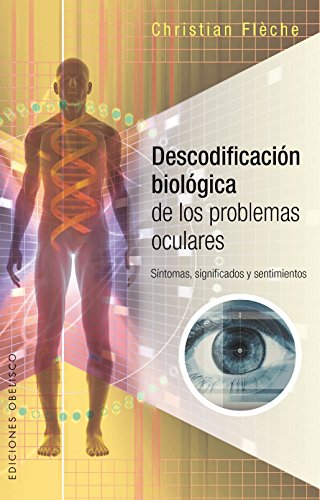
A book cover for Descodificacion biologica de los problemas oculares (Spanish Edition); Christian  Fleche; Health, Fitness & Dieting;